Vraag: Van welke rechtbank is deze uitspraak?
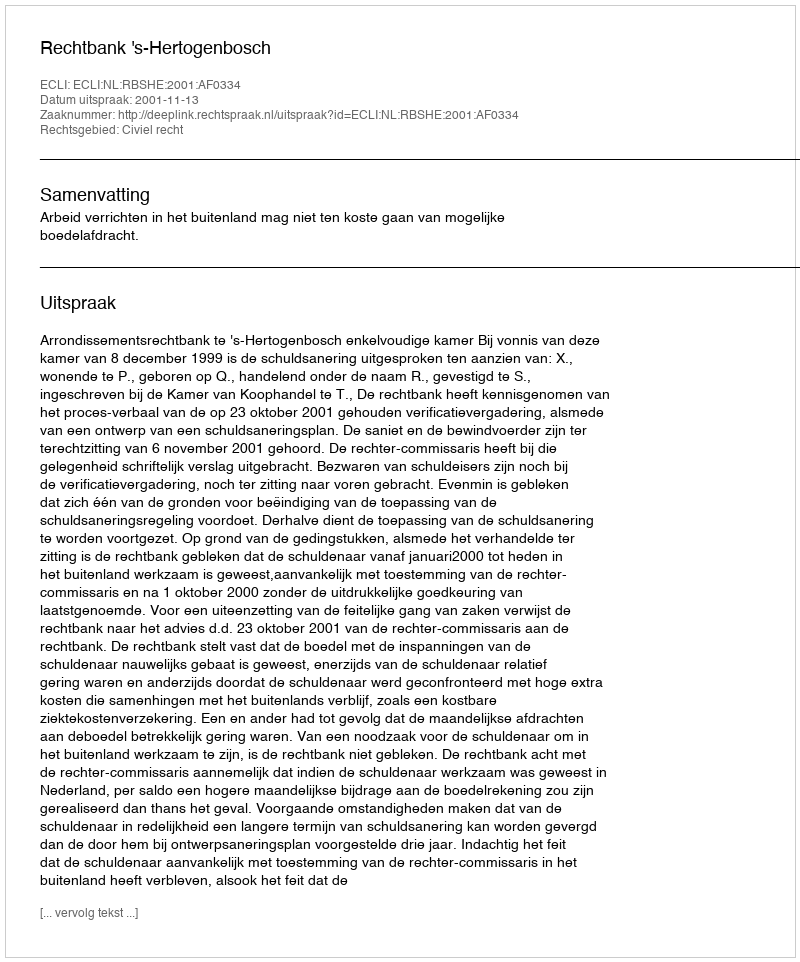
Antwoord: Rechtbank 's-Hertogenbosch